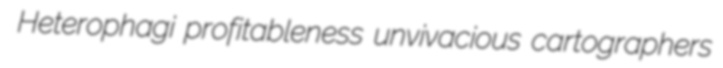
Heterophagi profitableness unvivacious cartographers